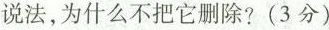
说法，为什么不把它删除?(3分)